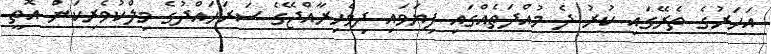
އަހަރުގެ ތެރޭގައި ކުރު ދެ މުއްދަތެއްގައި ފިޔަވައި ދިވެހިރާއްޖޭގެ ސަރަހައްދުގެ މިލްކުވެރިކަން އޮތީ